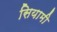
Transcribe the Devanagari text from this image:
सियामी